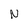
Character: N